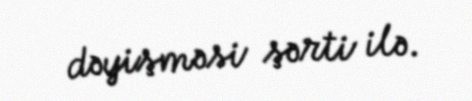
dəyişməsi şərti ilə.